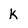
Character: k